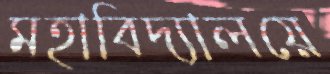
মহাবিদ্যালয়ে